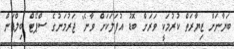
ބަޔާނަށް ޒިޔާރަތް ކުރުމަކީ ވަރަށް ބޮޑު އުފަލަކަށް ވާނެ" ޖަރުމަނުގެ ސްޕޯޓް ބިލްޑަން